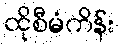
ထိုစီမံကိန်း